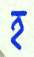
হ